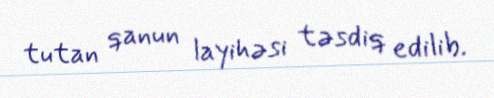
tutan qanun layihəsi təsdiq edilib.